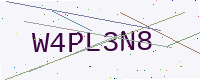
Text: W4PL3N8